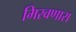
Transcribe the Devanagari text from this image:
मिरवणारा